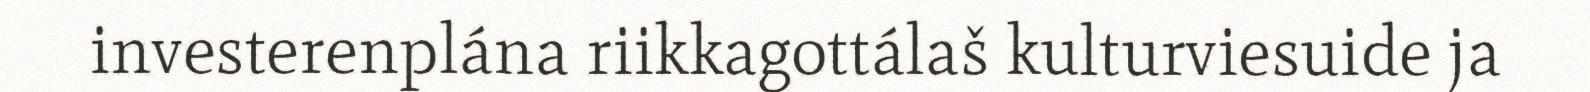
investerenplána riikkagottálaš kulturviesuide ja